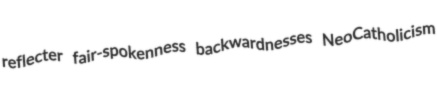
reflecter fair-spokenness backwardnesses NeoCatholicism